Report of the Indian Hemp Drugs Commission, 1894-1895 - Volume VII
Year: 1894
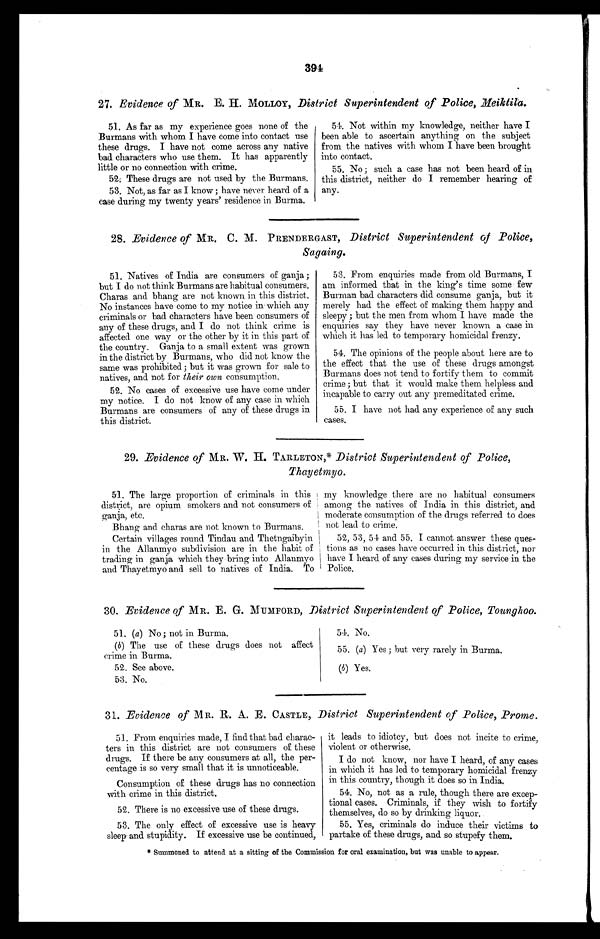
394
27. Evidence of MR. E. H. MOLLOY, District Superintendent of Police, Meiktila.
51. As far as my experience goes none of the
Burmans with whom I have come into contact use
these drugs. I have not come across any native
bad characters who use them. It has apparently
little or no connection with crime.
52. These drugs are not used by the Burmans.
53. Not, as far as I know ; have never heard of a
case during my twenty years' residence in Burma.
54.Not within my knowledge, neither have I
been able to ascertain anything on the subject
from the natives with whom I have been brought
into contact.
55.No ; such a case has not been heard of in
this district, neither do I remember hearing of
any.
28. Evidence of MR. C. M. PRENDERGAST, District Superintendent of Police,
Sagaing.
51.Natives of India are consumers of ganja ;
but I do not think Burmans are habitual consumers.
Charas and bhang are not known in this district.
No instances have come to my notice in which any
criminals or bad characters have been consumers of
any of these drugs, and I do not think crime is
affected one way or the other by it in this part of
the country. Ganja to a small extent was grown
in the district by Burmans, who did not know the
same was prohibited ; but it was grown for sale to
natives, and not for their own consumption.
52.No cases of excessive use have come under
my notice. I do not know of any case in which
Burmans are consumers of any of these drugs in
this district:
53. From enquiries made from old Burmans, I
am informed that in the king's time some few
Burman bad characters did consume ganja, but it
merely had the effect of making them happy and
sleepy ; but the men from whom I have made the
enquiries say they have never known a case in
which it has led to temporary homicidal frenzy.
54.The opinions of the people about here are to
the effect that the use of these drugs amongst
Burmans does not tend to fortify them to commit
crime ; but that it would make them helpless and
incapable to carry out any premeditated crime.
55.I have not had any experience of any such
cases.
29. Evidence of MR. W. H. TARLETON,* District Superintendent of Police,
Thayetmyo.
51 The large proportion of criminals in this
district, are opium smokers and not consumers of
ganja, etc.
Bhang and charas are not known to Burmans.
Certain villages round Tindau and Thetngaibyin
in the Allanmyo subdivision are in the habit of
trading in ganja which they bring into Allanmyo
and Thayetmyo and sell to natives of India. To
my knowledge there are no habitual consumers
among the natives of India in this district, and
moderate consumption of the drugs referred to does
not lead to crime.
52, 53, 54 and 55. I cannot answer these ques-
tions as no cases have occurred in this district, nor
have I heard of any cases during my service in the
Police.
30. Evidence of MR. E. G. MUMFORD, District Superintendent of Police, Tounghoo.
51. (a) No ; not in Burma.
(b) The use of these drugs does not affect
crime in Burma.
52.See above.
53.No.
54.No.
55. (a) Yes ; but very rarely in Burma.
(b) Yes.
31. Evidence of MR. R. A. E. CASTLE, District Superintendent of Police, Prome.
51.From enquiries made, I find that bad charac-
ters in this district are not consumers of these
drugs. If there be any consumers at all, the per-
centage is so very small that it is unnoticeable.
Consumption of these drugs has no connection
with crime in this district.
52.There is no excessive use of these drugs.
53.The only effect of excessive use is heavy
sleep and stupidity. If excessive use be continued,
it leads to idiotcy, but does not incite to crime,
violent or otherwise.
I do not know, nor have I heard, of any cases
in which it has led to temporary homicidal frenzy
in this country, though it does so in India.
54.No, not as a rule, though there are excep-
tional cases. Criminals, if they wish to fortify
themselves, do so by drinking liquor.
55.Yes, criminals do induce their victims to
partake of these drugs, and so stupefy them.
* Summoned to attend at a sitting of the Commission for oral examination, but was unable to appear.